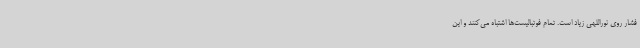
فشار روی نوراللهی زیاد است. تمام فوتبالیست‌ها اشتباه می‌کنند و این